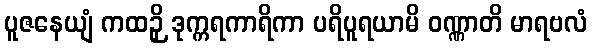
ပူဇနေယျံ ကထဉှိ ဒုက္ကရကာရိကာ ပရိပူရယာမိ ဝဏ္ဏာတိ မာရဗလံ